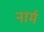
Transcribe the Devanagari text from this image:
नार्म